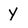
Character: y